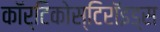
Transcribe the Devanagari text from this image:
कॉर्टिकोस्टिरॉइड्स